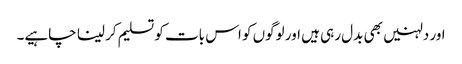
اور دلہنیں بھی بدل رہی ہیں اور لوگوں کو اس بات کو تسلیم کر لینا چاہیے۔